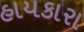
હાયકારા